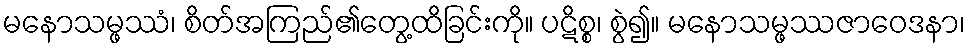
မနောသမ္ဖဿံ၊ စိတ်အကြည်၏တွေ့ထိခြင်းကို။ ပဋိစ္စ၊ စွဲ၍။ မနောသမ္ဖဿဇာဝေဒနာ၊